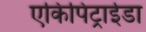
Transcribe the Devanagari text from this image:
एकिपिट्राईडा